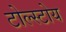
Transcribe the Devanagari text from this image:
टोल्स्टोय